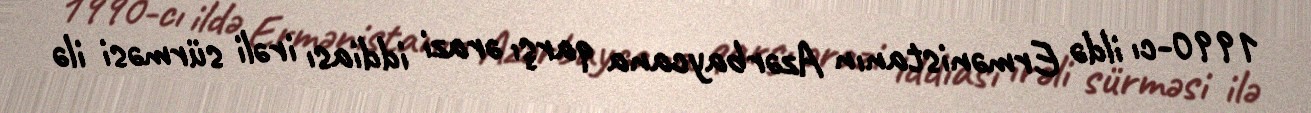
1990-cı ildə Ermənistanın Azərbaycana qarşı ərazi iddiası irəli sürməsi ilə